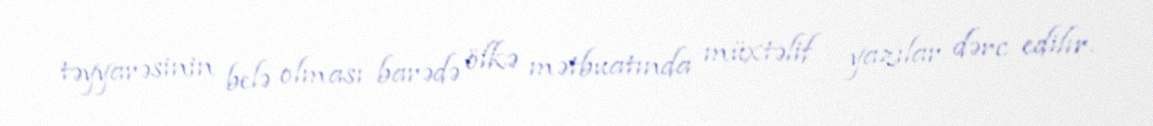
təyyarəsinin belə olması barədə ölkə mətbuatında müxtəlif yazılar dərc edilır.